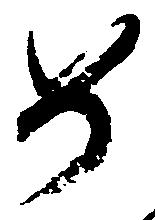
如